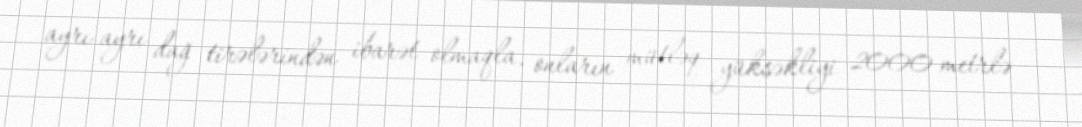
ayrı-ayrı dağ tirələrindən ibarət olmaqla, onların mütləq yüksəkliyi 2000 metrlə